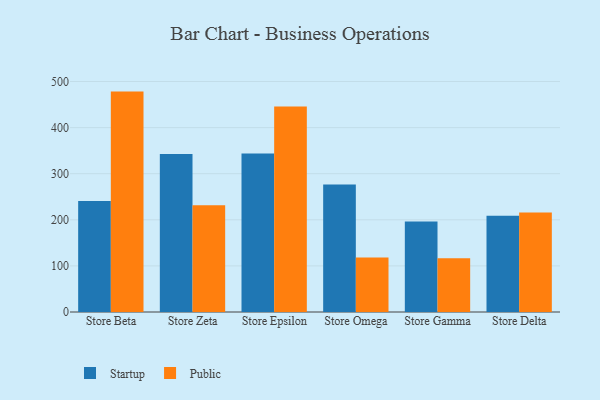
{"axis": {"x": "Store", "y": "Budget (USD K)"}, "legend": ["Public", "Startup"], "data": [{"x": "Store Beta", "y": 240.6, "type": "Startup"}, {"x": "Store Beta", "y": 478.1, "type": "Public"}, {"x": "Store Zeta", "y": 342.6, "type": "Startup"}, {"x": "Store Zeta", "y": 231.4, "type": "Public"}, {"x": "Store Epsilon", "y": 343.7, "type": "Startup"}, {"x": "Store Epsilon", "y": 445.8, "type": "Public"}, {"x": "Store Omega", "y": 276.8, "type": "Startup"}, {"x": "Store Omega", "y": 118.0, "type": "Public"}, {"x": "Store Gamma", "y": 196.2, "type": "Startup"}, {"x": "Store Gamma", "y": 116.4, "type": "Public"}, {"x": "Store Delta", "y": 209.0, "type": "Startup"}, {"x": "Store Delta", "y": 215.6, "type": "Public"}]}